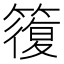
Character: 𥳇